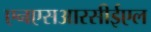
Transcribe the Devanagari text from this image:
एनएसआरसीईएल